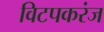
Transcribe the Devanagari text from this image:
विटपकरंज